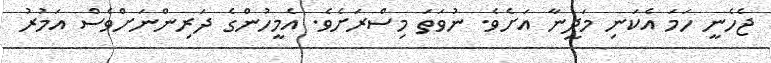
ޖެހެނީ ހަމަ އެކަނި މަދީނާ އަށެވެ. ނުވަތަ މިސްރަށެވެ. އެމީހުންގެ ދަރިންނަށްވެސް އަމުރު